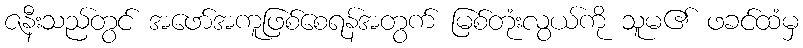
ဇနီးသည်တွင် အဖော်အကူဖြစ်စေရန်အတွက် မြစ်တုံးလွယ်ကို သူမ၏ ဖခင်ထံမှ